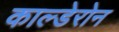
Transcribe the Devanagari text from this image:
काल्डेरोन